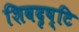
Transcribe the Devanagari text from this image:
शिवदृष्टि